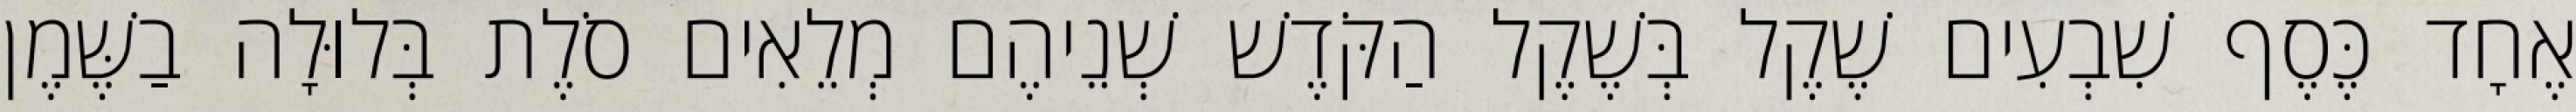
אֶחָד כֶּסֶף שִׁבְעִים שֶׁקֶל בְּשֶׁקֶל הַקֹּדֶשׁ שְׁנֵיהֶם מְלֵאִים סֹלֶת בְּלוּלָה בַשֶּׁמֶן